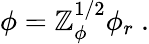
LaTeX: \phi=\mathbb{Z}_{\phi}^{1/2}\phi_{r}\ .